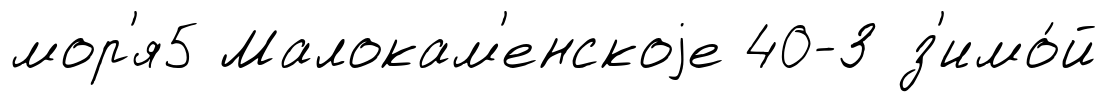
мор'я5 Малокам'енскоjе 40-З з'имо́й